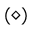
( \diamond )